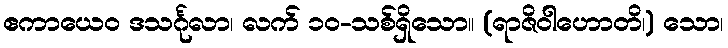
ဧကာယေဝ ဒသင်္ဂုလာ၊ လက် ၁၀-သစ်ရှိသော။ (ရာဇိဝါဟောတိ၊) သော၊